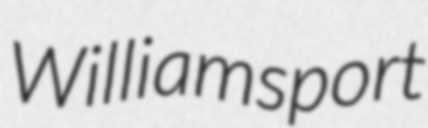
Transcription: Williamsport